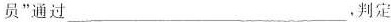
员”通过___.判定